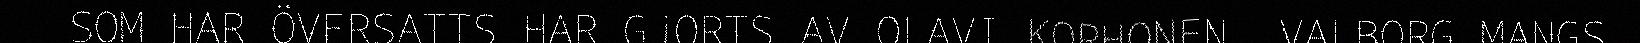
SOM HAR ÖVERSATTS HAR GJORTS AV OLAVI KORHONEN, VALBORG MANGS